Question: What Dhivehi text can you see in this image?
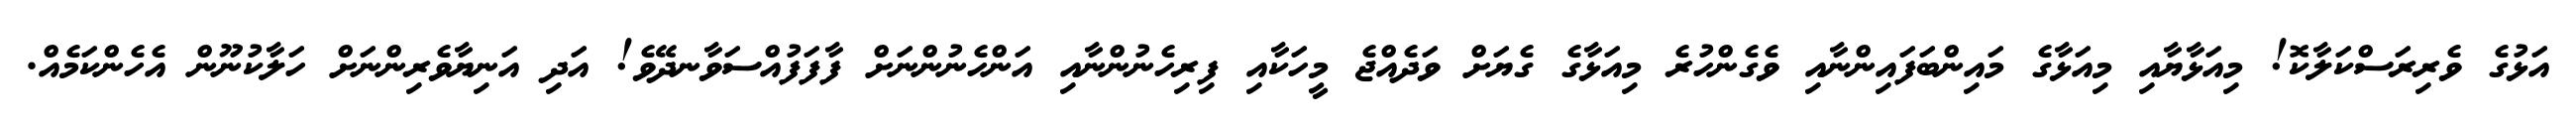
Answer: އަޅުގެ ވެރިރަސްކަލާކޮ! މިއަޅާޔާއި މިއަޅާގެ މައިންބަފައިންނާއި ވެގެންހުރެ މިއަޅާގެ ގެޔަށް ވަދެއްޖެ މީހަކާއި ފިރިހެނުންނާއި އަންހެނުންނަށް ފާފަފުއްސަވާނދޭވެ! އަދި އަނިޔާވެރިންނަށް ހަލާކުނޫން އެހެންކަމެއް.